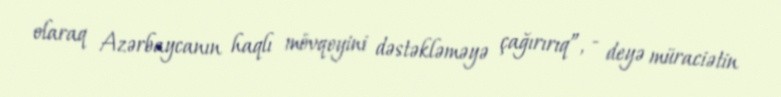
olaraq Azərbaycanın haqlı mövqeyini dəstəkləməyə çağırırıq”, - deyə müraciətin